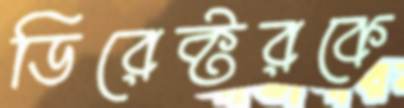
ডিরেক্টরকে